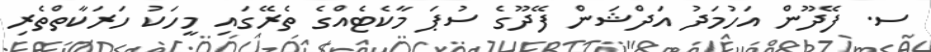
ސ. ފޭދޫން އަހުމަދު އަދްޝަން ފޭދޫގެ ސުޕަ މާކެޓެއްގެ ތެރޭގައި މީހަކު ހަރަކާތްތެރި